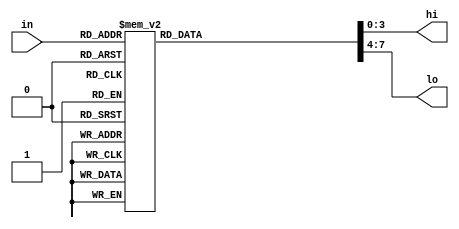
`timescale 1ns / 1ps
//////////////////////////////////////////////////////////////////////////////////
// Company: 
// Engineer: 
// 
// Design Name: 
// Module Name:    convert 
// Project Name: 
// Target Devices: 
// Tool versions: 
// Description: 
//
// Dependencies: 
//
// Revision: 
// Revision 0.01 - File Created
// Additional Comments: 
//
//////////////////////////////////////////////////////////////////////////////////
module convert(
input wire [3:0] in,
output reg [3:0] hi,
output reg [3:0] lo);

always @(*) begin
	case (in)
	0:begin hi = 4'b0011; lo = 4'b0000; end
	1:begin hi = 4'b0011; lo = 4'b0001; end
	2:begin hi = 4'b0011; lo = 4'b0010; end
	3:begin hi = 4'b0011; lo = 4'b0011; end
	4:begin hi = 4'b0011; lo = 4'b0100; end
	5:begin hi = 4'b0011; lo = 4'b0101; end
	6:begin hi = 4'b0011; lo = 4'b0110; end
	7:begin hi = 4'b0011; lo = 4'b0111; end
	8:begin hi = 4'b0011; lo = 4'b1000; end
	9:begin hi = 4'b0011; lo = 4'b1001; end
  10:begin hi = 4'b0100; lo = 4'b0001; end
  11:begin hi = 4'b0100; lo = 4'b0010; end
  12:begin hi = 4'b0100; lo = 4'b0011; end
  13:begin hi = 4'b0100; lo = 4'b0100; end
  14:begin hi = 4'b0100; lo = 4'b0101; end
  15:begin hi = 4'b0100; lo = 4'b0110; end
  endcase
end
endmodule